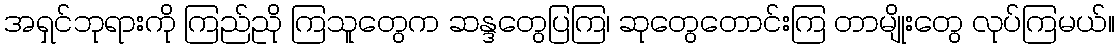
အရှင်ဘုရားကို ကြည်ညို ကြသူတွေက ဆန္ဒတွေပြကြ၊ ဆုတွေတောင်းကြ တာမျိုးတွေ လုပ်ကြမယ်။